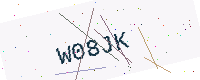
Text: W08JK